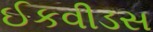
ઈકવીડસ